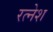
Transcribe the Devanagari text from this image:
रत्‍नेश